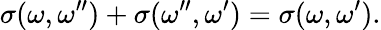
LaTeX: \sigma(\omega,\omega^{\prime\prime})+\sigma(\omega^{\prime\prime},\omega^{\prime})=\sigma(\omega,\omega^{\prime}).